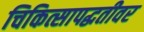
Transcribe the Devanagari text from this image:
चिकित्सापद्धतीवर